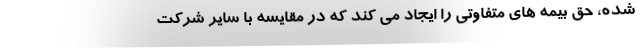
شده، حق بیمه های متفاوتی را ایجاد می کند که در مقایسه با سایر شرکت